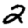
Digit: 2